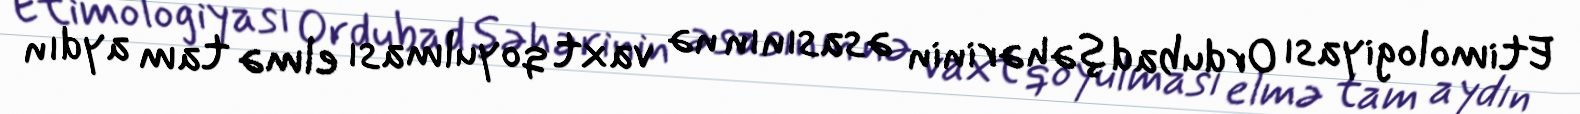
Etimologiyası Ordubad şəhərinin əsasının nə vaxt qoyulması elmə tam aydın